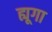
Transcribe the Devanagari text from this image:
ह्यूगा